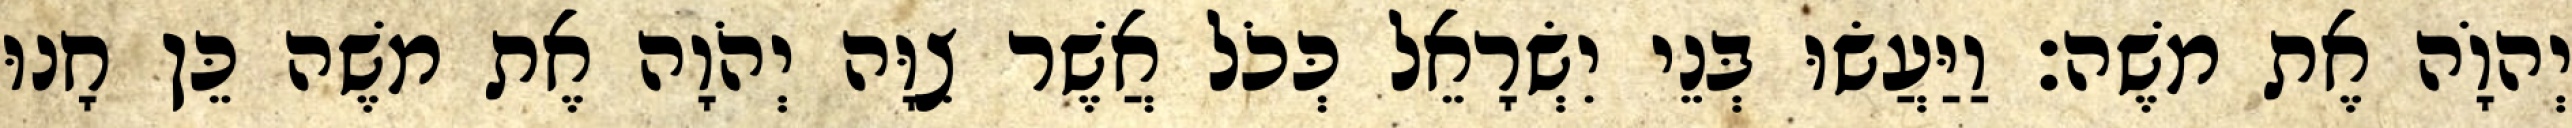
יְהוָֹה אֶת משֶׁה׃ וַיַּעֲשׂוּ בְּנֵי יִשְׂרָאֵל כְּכֹל אֲשֶׁר צִוָּה יְהֹוָה אֶת משֶׁה כֵּן חָנוּ